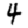
Digit: 4